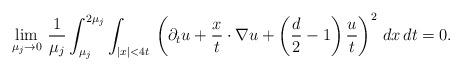
LaTeX: \begin{align*}\lim_{\mu_j\to 0}\,\frac{1}{\mu_j}\int_{\mu_j}^{2\mu_j}\int_{|x|<4t}\,\left(\partial_tu+\frac{x}{t}\cdot\nabla u+\left(\frac{d}{2}-1\right)\frac{u}{t}\right)^2\,dx \,dt=0.\end{align*}